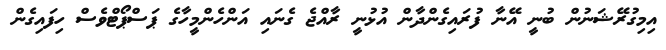
އިމިގުރޭޝަނުން ބުނީ އޭނާ ފުރައިގެންދާން އުޅުނީ ރާއްޖެ ގެނައި އަންހެންމީހާގެ ޕަސްޕޯޓްވެސް ހިފައިގެން